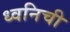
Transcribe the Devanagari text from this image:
ध्वनिची